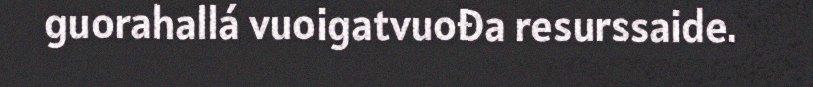
guorahallá vuoigatvuođa resurssaide.